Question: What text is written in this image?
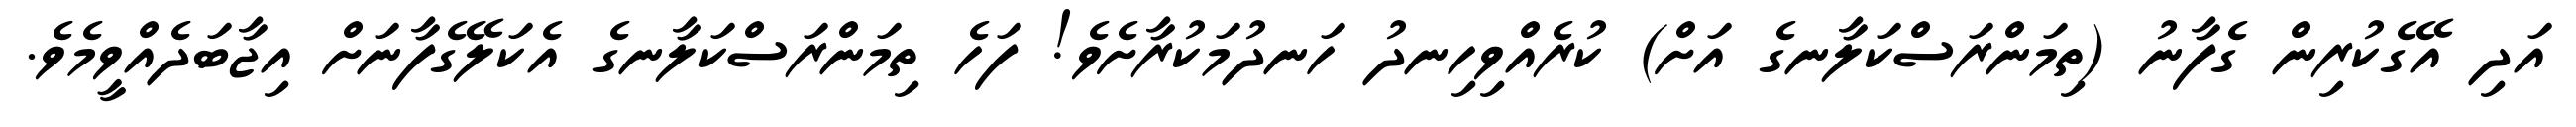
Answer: އަދި އޭގެކުރިން ގެފާނު (ތިމަންރަސްކަލާނގެ އަށް) ކުރެއްވިހިނދު ހަނދުމަކުރާށެވެ! ފަހެ ތިމަންރަސްކަލާނގެ އެކަލޭގެފާނަށް އިޖާބަދެއްވީމެވެ.